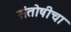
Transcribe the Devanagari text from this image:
संतोषीचा